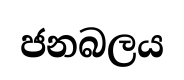
ජනබලය